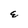
Character: E